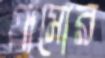
গ্রামোর